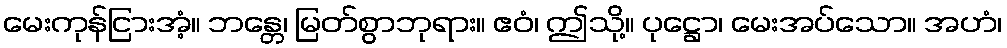
မေးကုန်ငြားအံ့။ ဘန္တေ၊ မြတ်စွာဘုရား။ ဧဝံ၊ ဤသို့။ ပုဋ္ဌော၊ မေးအပ်သော။ အဟံ၊